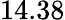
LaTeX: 14.38